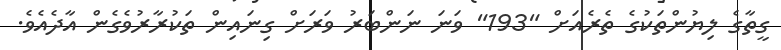
ގީތާގެ ލިޔުންތަކުގެ ތެރެއަށް "193" ވަނަ ނަންބަރު ވަރަށް ގިނައިން ތަކުރާރުވެގެން އާދެއެވެ.